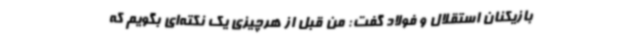
بازیکنان استقلال و فولاد گفت: من قبل از هرچیزی یک نکته‌ای بگویم که